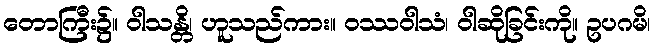
တောကြီး၌။ ဝါသန္တိ၊ ဟူသည်ကား။ ဝဿဝါသံ၊ ဝါဆိုခြင်းကို။ ဥပဂမိ၊